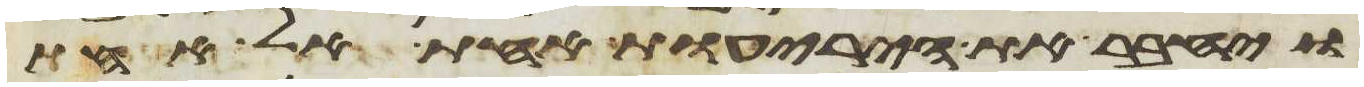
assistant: ויחבר את היריעות אחת אל אחת